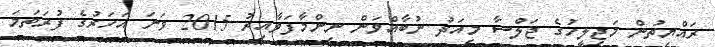
ރައްޔިތުން މަޖިލީހުގެ ޖަލްސާ މިއަދު ނުބާއްވަން ނިންމާފަވާއިރު 2015 ވަނަ އަހަރުގެ ފުރަތަމަ